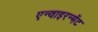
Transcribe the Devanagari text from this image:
एन्वाइरन्मेंट